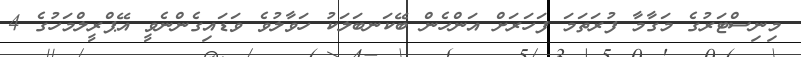
މިނިސްޓަރުގެ މަގާމާ ފުރަތަމަ ފަހަރަށް އަންހެން ބޭކަނބަލަކު ހަވާލުވެ ވަޑައިގެންނެވީ އޭޕްރީލްމަހުގެ 4